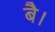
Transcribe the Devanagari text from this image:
बै।